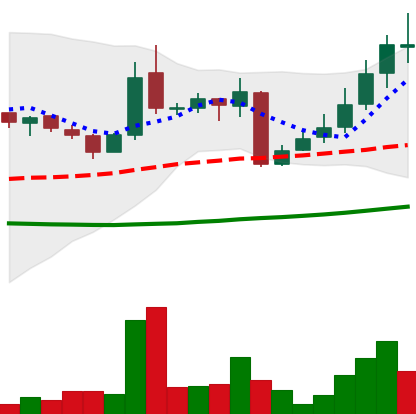
Ticker: LINK-USD
Chart end date: 2018-10-18
Forward return: 16.176%
Label: up_7plus